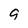
Character: 9